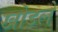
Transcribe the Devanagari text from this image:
खोडले